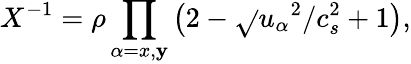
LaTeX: X^{-1}=\rho\prod_{\alpha=x,\mathbf{y}}\left(2-\sqrt{}{{{u_{\alpha}}^{2}/c_{s}^{2}+1}}\right),